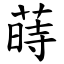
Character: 蒔